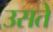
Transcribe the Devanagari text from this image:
उसते